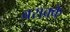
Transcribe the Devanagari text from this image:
बराक्के